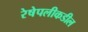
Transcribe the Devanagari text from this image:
रेषेपलीकडील